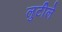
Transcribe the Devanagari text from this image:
लुटीले